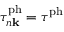
\tau _ { n \mathbf k } ^ { \mathrm { p h } } = \tau ^ { \mathrm { p h } }